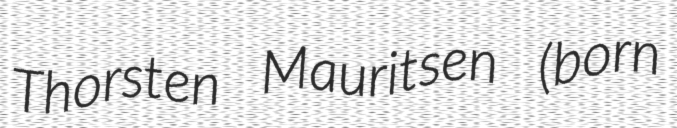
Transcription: Thorsten Mauritsen (born